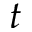
t